Indian journal of veterinary science and animal husbandry - Volumes 22-23, 1952-1953
Year: 1952
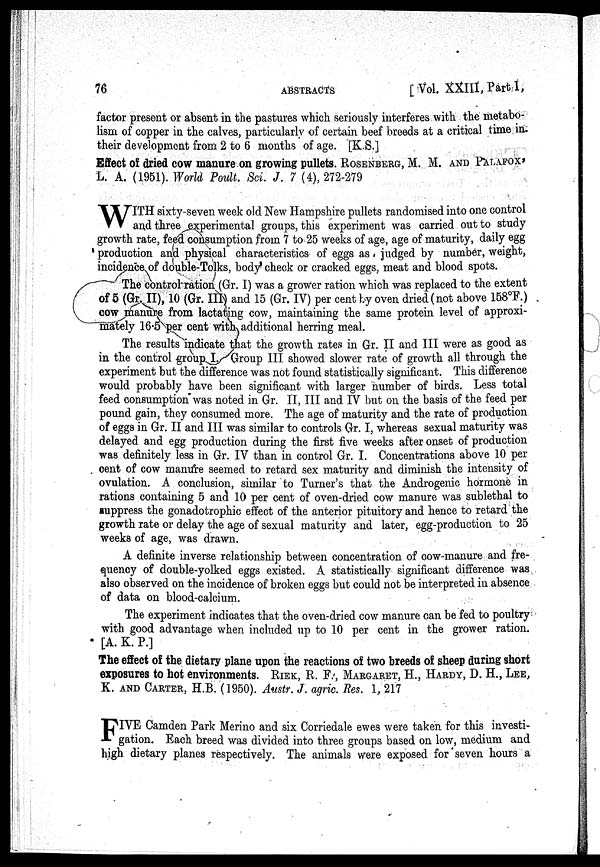
76
ABSTRACTS
[Vol. XXIII, Part I,
factor present or absent in the pastures which seriously interferes with the metabo-
lism of copper in the calves, particularly of certain beef breeds at a critical time in
their development from 2 to 6 months of age. [K.S.]
Effect of dried cow manure on growing pullets. ROSENBERG, M. M. AND PALAFOX
L. A. (1951). World Poult. Sci. J. 7 (4), 272-279
W ITH sixty-seven week old New Hampshire pullets randomised into one control
and three experimental groups, this experiment was carried out to study
growth rate, feed consumption from 7 to 25 weeks of age, age of maturity, daily egg
production and physical characteristics of eggs as judged by number, weight,
incidence of double-Tolks, body check or cracked eggs, meat and blood spots.
The control ration (Gr. I) was a grower ration which was replaced to the extent
of 5 (Gr.II), 10 (Gr. III) and 15 (Gr. IV) per cent by oven dried (not above 158°F.)
cow manure from lactating cow, maintaining the same protein level of approxi-
mately 16.5 per cent with additional herring meal.
The results indicate that the growth rates in Gr. II and III were as good as
in the control group I. Group III showed slower rate of growth all through the
experiment but the difference was not found statistically significant. This difference
would probably have been significant with larger number of birds. Less total
feed consumption was noted in Gr. II, III and IV but on the basis of the feed per
pound gain, they consumed more. The age of maturity and the rate of production
of eggs in Gr. II and III was similar to controls Gr. I, whereas sexual maturity was
delayed and egg production during the first five weeks after onset of production
was definitely less in Gr. IV than in control Gr. I. Concentrations above 10 per
cent of cow manure seemed to retard sex maturity and diminish the intensity of
ovulation. A conclusion, similar to Turner's that the Androgenic hormone in
rations containing 5 and 10 per cent of oven-dried cow manure was sublethal to
suppress the gonadotrophic effect of the anterior pituitory and hence to retard the
growth rate or delay the age of sexual maturity and later, egg-production to 25
weeks of age, was drawn.
A definite inverse relationship between concentration of cow-manure and fre-
quency of double-yolked eggs existed. A statistically significant difference was.
also observed on the incidence of broken eggs but could not be interpreted in absence
of data on blood-calcium.
The experiment indicates that the oven-dried cow manure can be fed to poultry
with good advantage when included up to 10 per cent in the grower ration.
[A. K. P.]
The effect of the dietary plane upon the reactions of two breeds of sheep during short
exposures to hot environments. RIEK, R. F., MARGARET, H., HARDY, D. H., LEE,
K. AND CARTER, H.B. (1950). Austr. J. agric. Res. 1, 217
FIVE Camden Park Merino and six Corriedale ewes were taken for this investi-
gation. Each breed was divided into three groups based on low, medium and
high dietary planes respectively. The animals were exposed for seven hours a